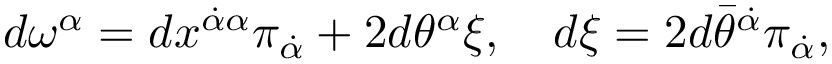
d \omega ^ { \alpha } = d x ^ { \dot { \alpha } \alpha } \pi _ { \dot { \alpha } } + 2 d \theta ^ { \alpha } \xi , \quad d \xi = 2 d \bar { \theta } ^ { \dot { \alpha } } \pi _ { \dot { \alpha } } ,